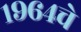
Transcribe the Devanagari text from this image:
१९६४चे